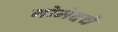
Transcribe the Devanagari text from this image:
गोमेदचे